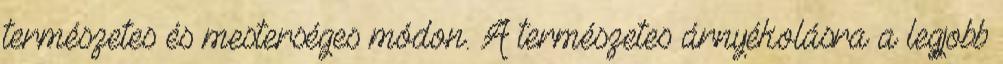
természetes és mesterséges módon. A természetes árnyékolásra a legjobb